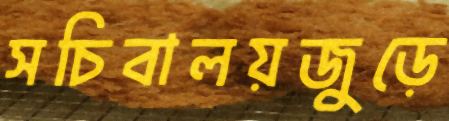
সচিবালয়জুড়ে